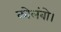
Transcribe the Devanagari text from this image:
कोलंबो।